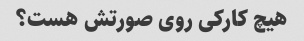
هیچ کارکی روی صورتش هست؟